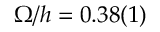
\Omega / h = 0 . 3 8 ( 1 )